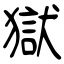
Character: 獄